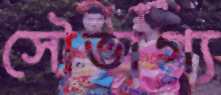
সৌভাগ্য